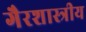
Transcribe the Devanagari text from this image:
गैरशास्त्रीय